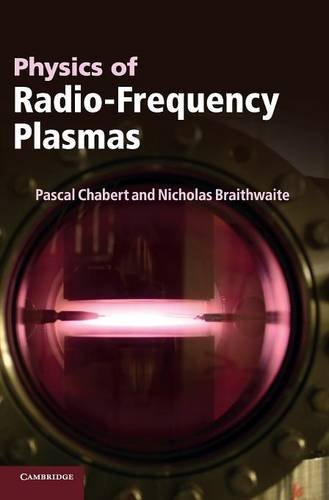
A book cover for Physics of Radio-Frequency Plasmas; Pascal Chabert; Science & Math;